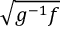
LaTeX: \sqrt { g ^ { - 1 } f }